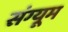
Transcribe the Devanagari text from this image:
संग्यूम